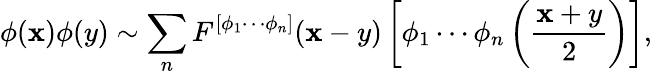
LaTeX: \phi(\mathbf{x})\phi(y)\sim\sum_{n}F^{[\phi_{1}\cdots\phi_{n}]}(\mathbf{x}-y)\left[\phi_{1}\cdots\phi_{n}\left({\frac{{\mathbf{x}+y}}{{2}}}\right)\right],